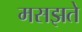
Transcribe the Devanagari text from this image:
मसझते